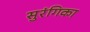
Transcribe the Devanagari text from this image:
सुरंगिका